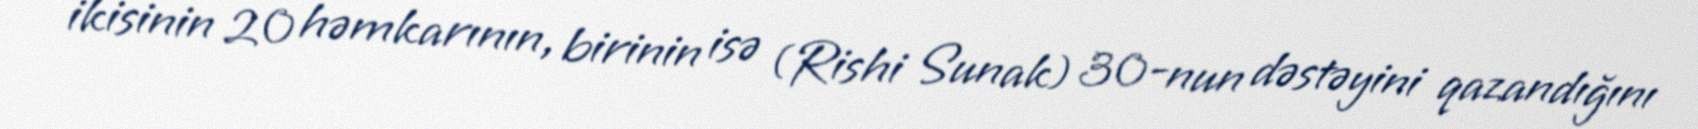
ikisinin 20 həmkarının, birinin isə (Rishi Sunak) 30-nun dəstəyini qazandığını